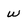
Character: w